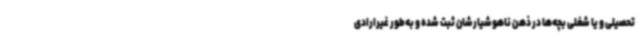
تحصیلی و یا شغلی بچه‌ها در ذهن ناهوشیارشان ثبت شده و به‌طور غیرارادی